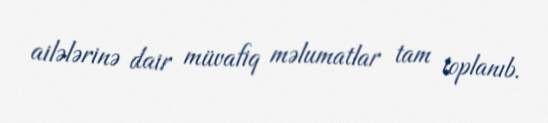
ailələrinə dair müvafiq məlumatlar tam toplanıb.